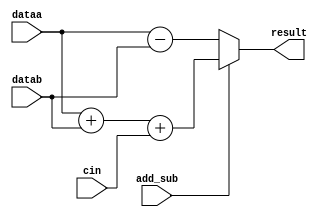
module local_add_sub_34_0_SIGNED(
dataa,
datab,
cin,
add_sub,
result
);

input[34-1:0] dataa;
input[34-1:0] datab;
input cin;
input add_sub;
output reg [34-1:0] result;

always @(*)begin
    if(add_sub == 1'b1)
         result = dataa+datab+cin;
    else
         result = dataa - datab;
end

endmodule